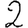
Digit: 2